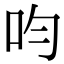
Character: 呁